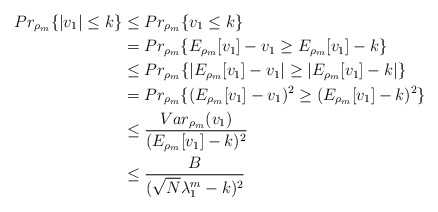
\begin{align*}Pr_{\rho_m}\{|v_1|\leq k\}&\leq Pr_{\rho_m}\{v_1\leq k\} \\&=Pr_{\rho_m}\{E_{\rho_m}[v_1]-v_1\geq E_{\rho_m}[v_1]-k\} \\&\leq Pr_{\rho_m}\{|E_{\rho_m}[v_1]-v_1|\geq |E_{\rho_m}[v_1]-k|\} \\&=Pr_{\rho_m}\{(E_{\rho_m}[v_1]-v_1)^2\geq (E_{\rho_m}[v_1]-k)^2\} \\&\leq \frac{Var_{\rho_m}(v_1)}{(E_{\rho_m}[v_1]-k)^2} \\&\leq \frac{B}{(\sqrt{N}\lambda_1^m-k)^2}\end{align*}